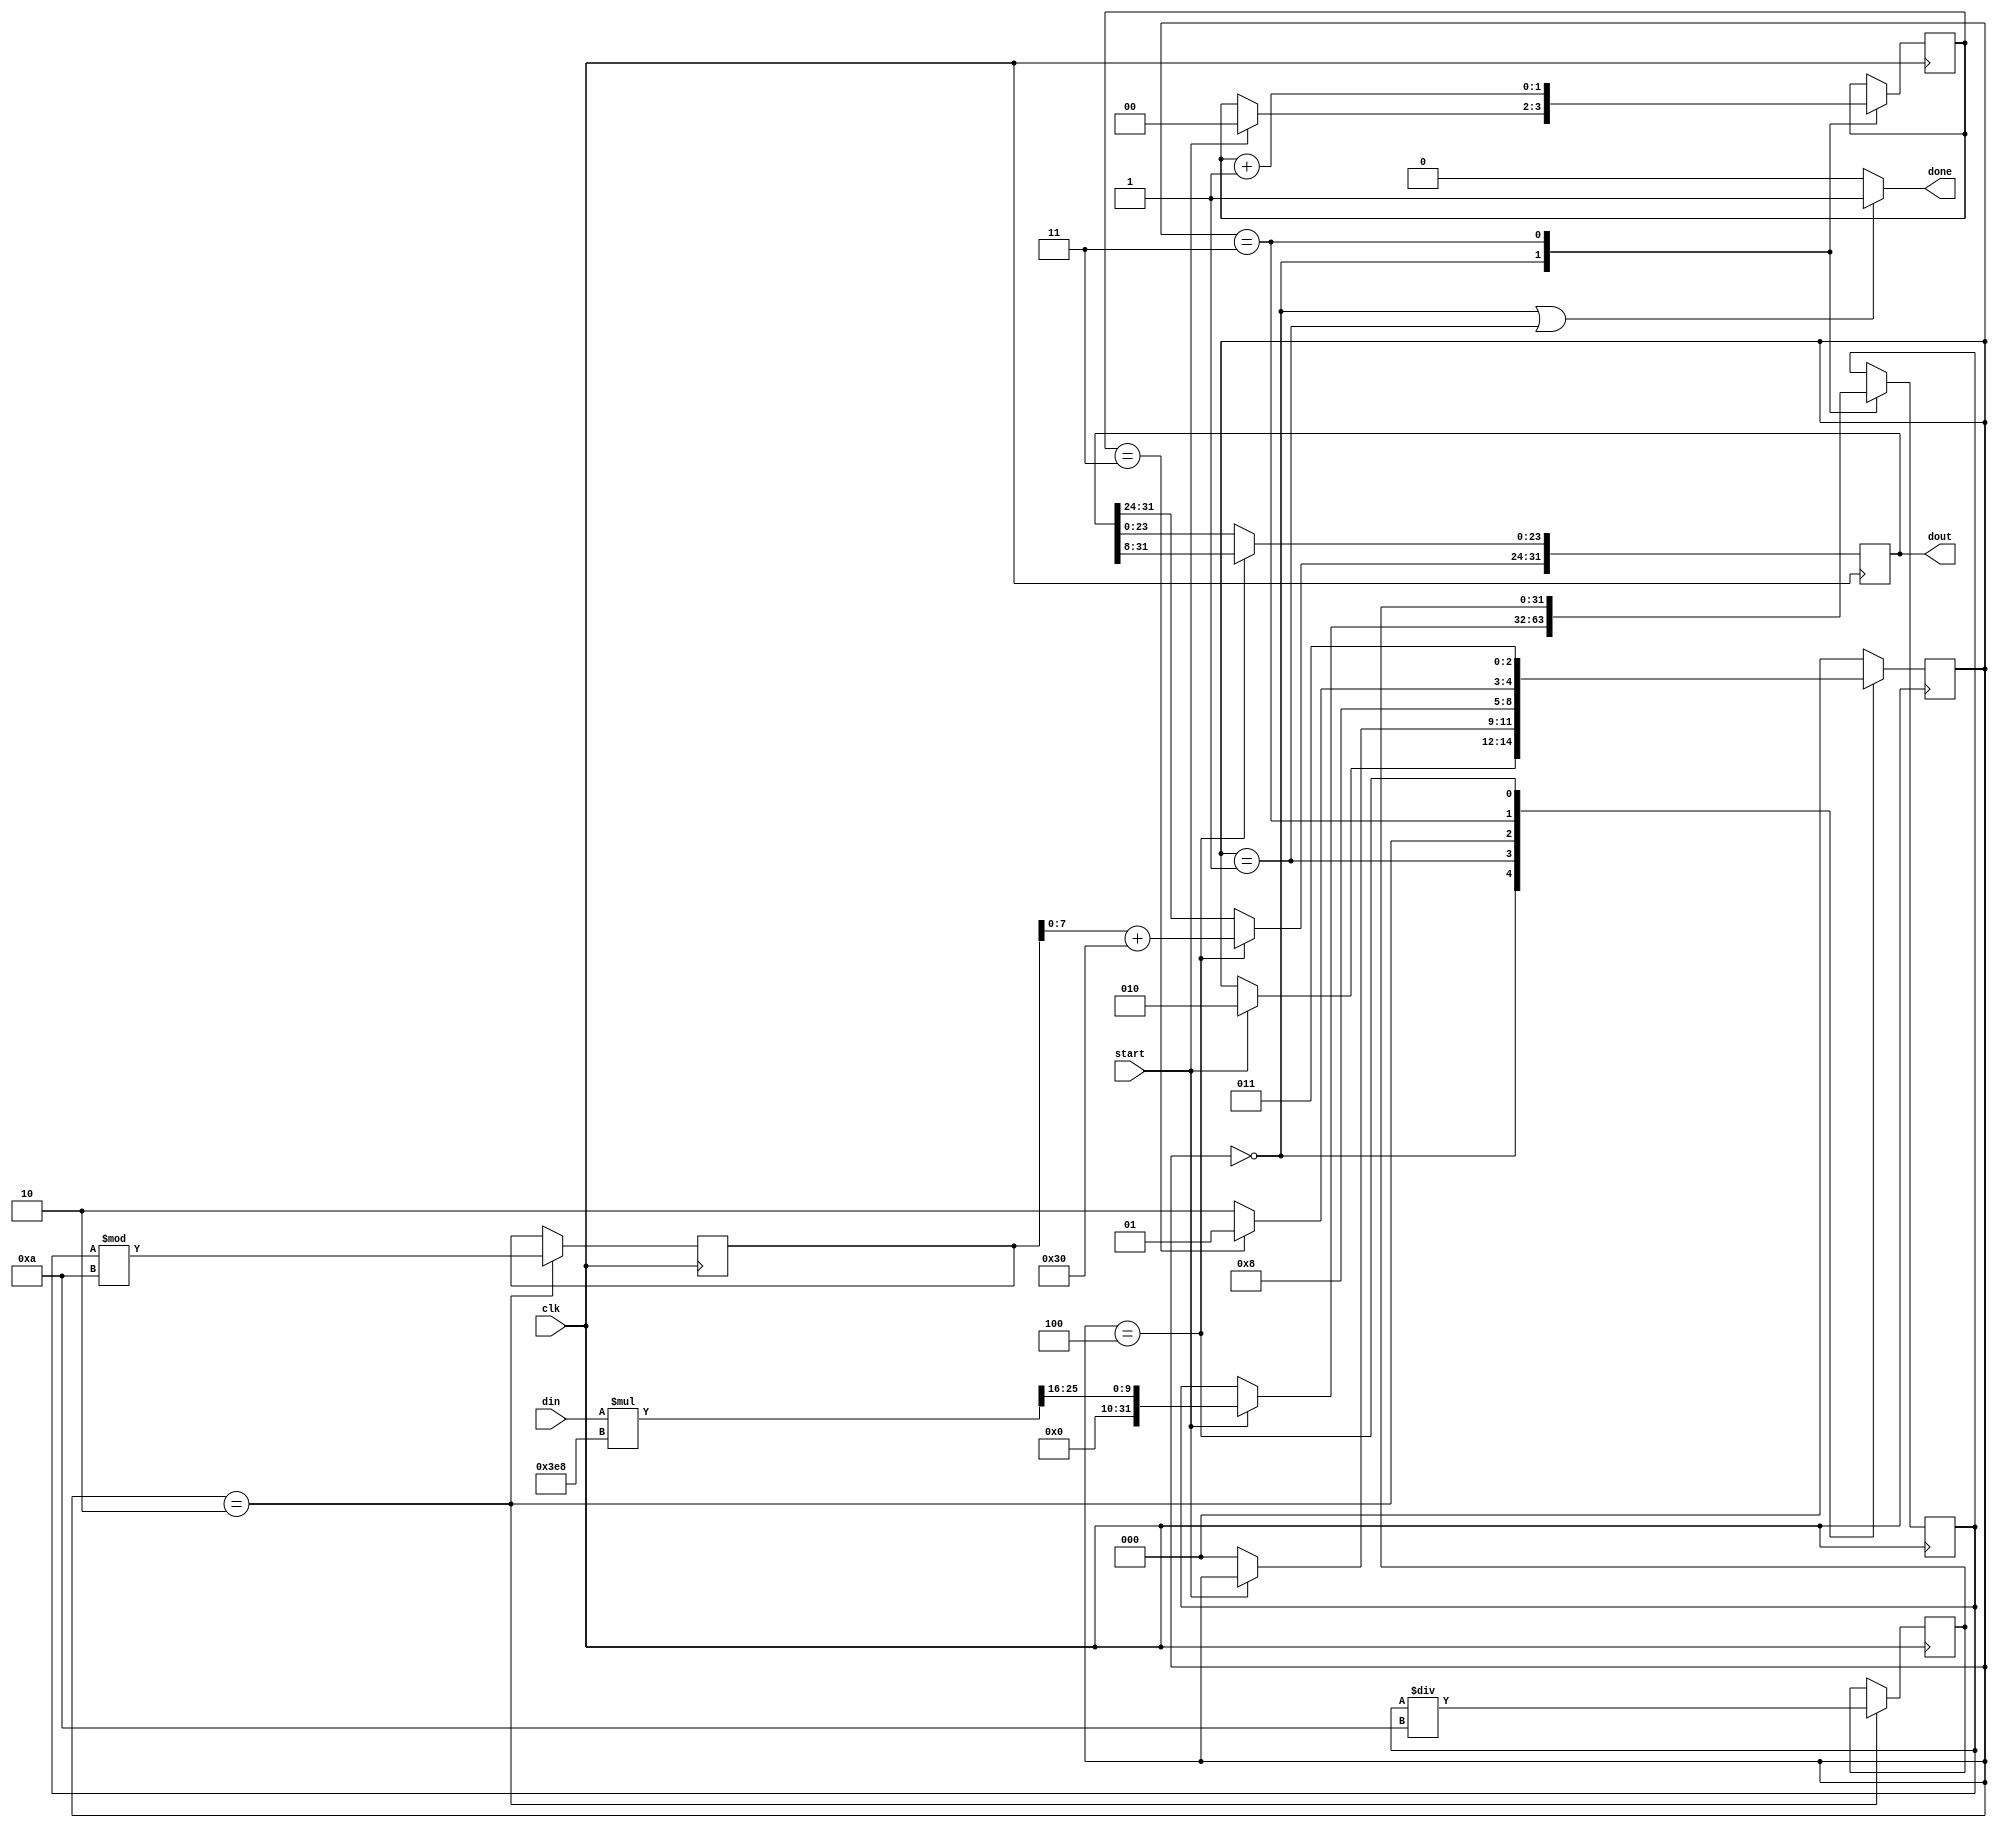
`timescale 1ns / 1ps
//////////////////////////////////////////////////////////////////////////////////
// Company: Digilent Inc.
// 
// Module Name: bcd
// Project Name: OLED Demo
// Target Devices: Nexys Video
// Tool Versions: Vivado 2016.4
// Description: converts an input in the range (0x0000-0xFFFF) to a string in the range ("0000"-"1000")
//              assert start & din, some amount of time later, done is asserted with valid dout
// Dependencies: none
// 
// 03/23/2017(ArtVVB): Created
//
//////////////////////////////////////////////////////////////////////////////////

module bcd (
    input clk,
    input start,
    input [15:0] din,
    output done,
    output reg [31:0] dout
);
    //{0x0000-0xFFFF}->{"0000"-"1000"} 
    localparam  S_IDLE=0,
                S_DONE=1,
                S_DIVIDE=2,
                S_NEXT_DIGIT=3,
                S_CONVERT=4;
    reg [2:0] state=S_IDLE;
    reg [31:0] data;
    reg [31:0] div;
    reg [31:0] mod;
    reg [1:0] byte_count;
    
    assign done = (state == S_IDLE || state == S_DONE) ? 1 : 0;
    
    always@(posedge clk)
        case (state)
        S_IDLE: begin
            if (start == 1) begin
                state <= S_DIVIDE;
                data <= ({16'b0, din} * 1000) >> 16;
                byte_count <= 0;
            end
        end
        S_DONE: begin
            if (start == 0)
                state <= S_IDLE;
        end
        S_DIVIDE: begin
            div <= data / 10;
            mod <= data % 10;
            state <= S_CONVERT;
        end
        S_NEXT_DIGIT: begin
            if (byte_count == 3)
                state <= S_DONE;
            else
                state <= S_DIVIDE;
            data <= div;
            byte_count <= byte_count + 1;
        end
        S_CONVERT: begin
            dout[23:0] <= dout[31:8];
            dout[31:24] <= mod + 8'h30;
            state <= S_NEXT_DIGIT;
        end
        default: begin
            state <= S_IDLE;
        end
        endcase
    
endmodule